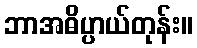
ဘာအဓိပ္ပာယ်တုန်း။